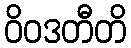
ဝိဝဒတီတိ